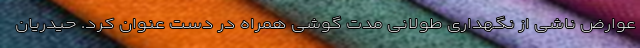
عوارض ناشی از نگهداری طولانی مدت گوشی همراه در دست عنوان کرد. حیدریان